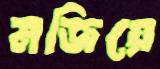
মজিয়ে